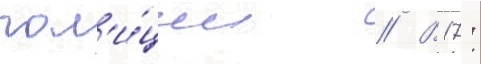
пол'и́ции // В 17: